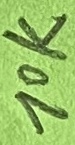
Text: 10K